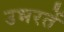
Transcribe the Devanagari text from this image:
उभरतें